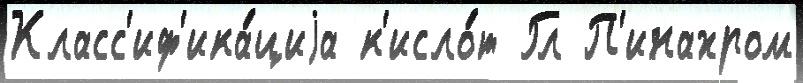
Класс'иф'ика́циjа к'исло́т Гл П'инахром